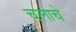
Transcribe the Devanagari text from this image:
चलाचे